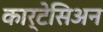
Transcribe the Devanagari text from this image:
कार्टेसिअन